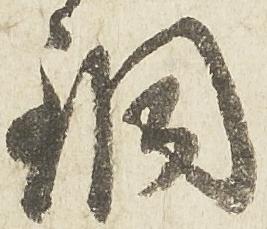
銅